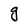
Character: g